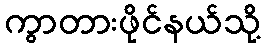
ကွာတားဖိုင်နယ်သို့